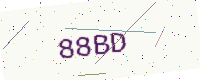
Text: 88BD